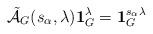
LaTeX: \begin{align*}\Tilde{\mathcal A}_G(s_\alpha,\lambda)\mathbf 1_G^{\lambda}=\mathbf 1_G^{s_\alpha\lambda}\end{align*}